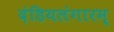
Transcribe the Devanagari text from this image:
दंडियलंगारम्